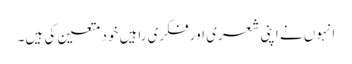
انہوں نے اپنی شعری اور فکری راہیں خود متعین کی ہیں۔